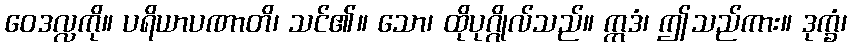
ဝေဒလ္လကို။ ပရိယာပဏာတိ၊ သင်၏။ သော၊ ထိုပုဂ္ဂိုလ်သည်။ ဣဒံ၊ ဤသည်ကား။ ဒုက္ခံ၊